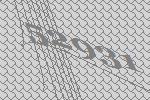
52931